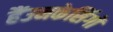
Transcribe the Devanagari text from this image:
हैंउनकेसिंगों